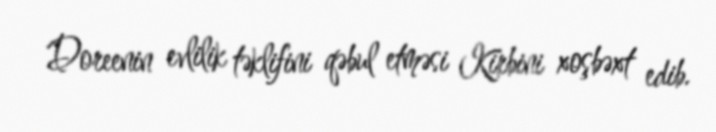
Doreenin evlilik təklifini qəbul etməsi Kirbini xoşbəxt edib.